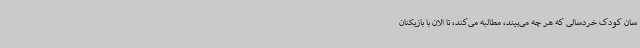
سان کودک خردسالی که هر چه می‌بیند، مطالبه می‌کند، تا الان با بازیکنان